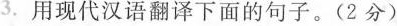
3.用现代汉语翻译下面的句子。(2分)